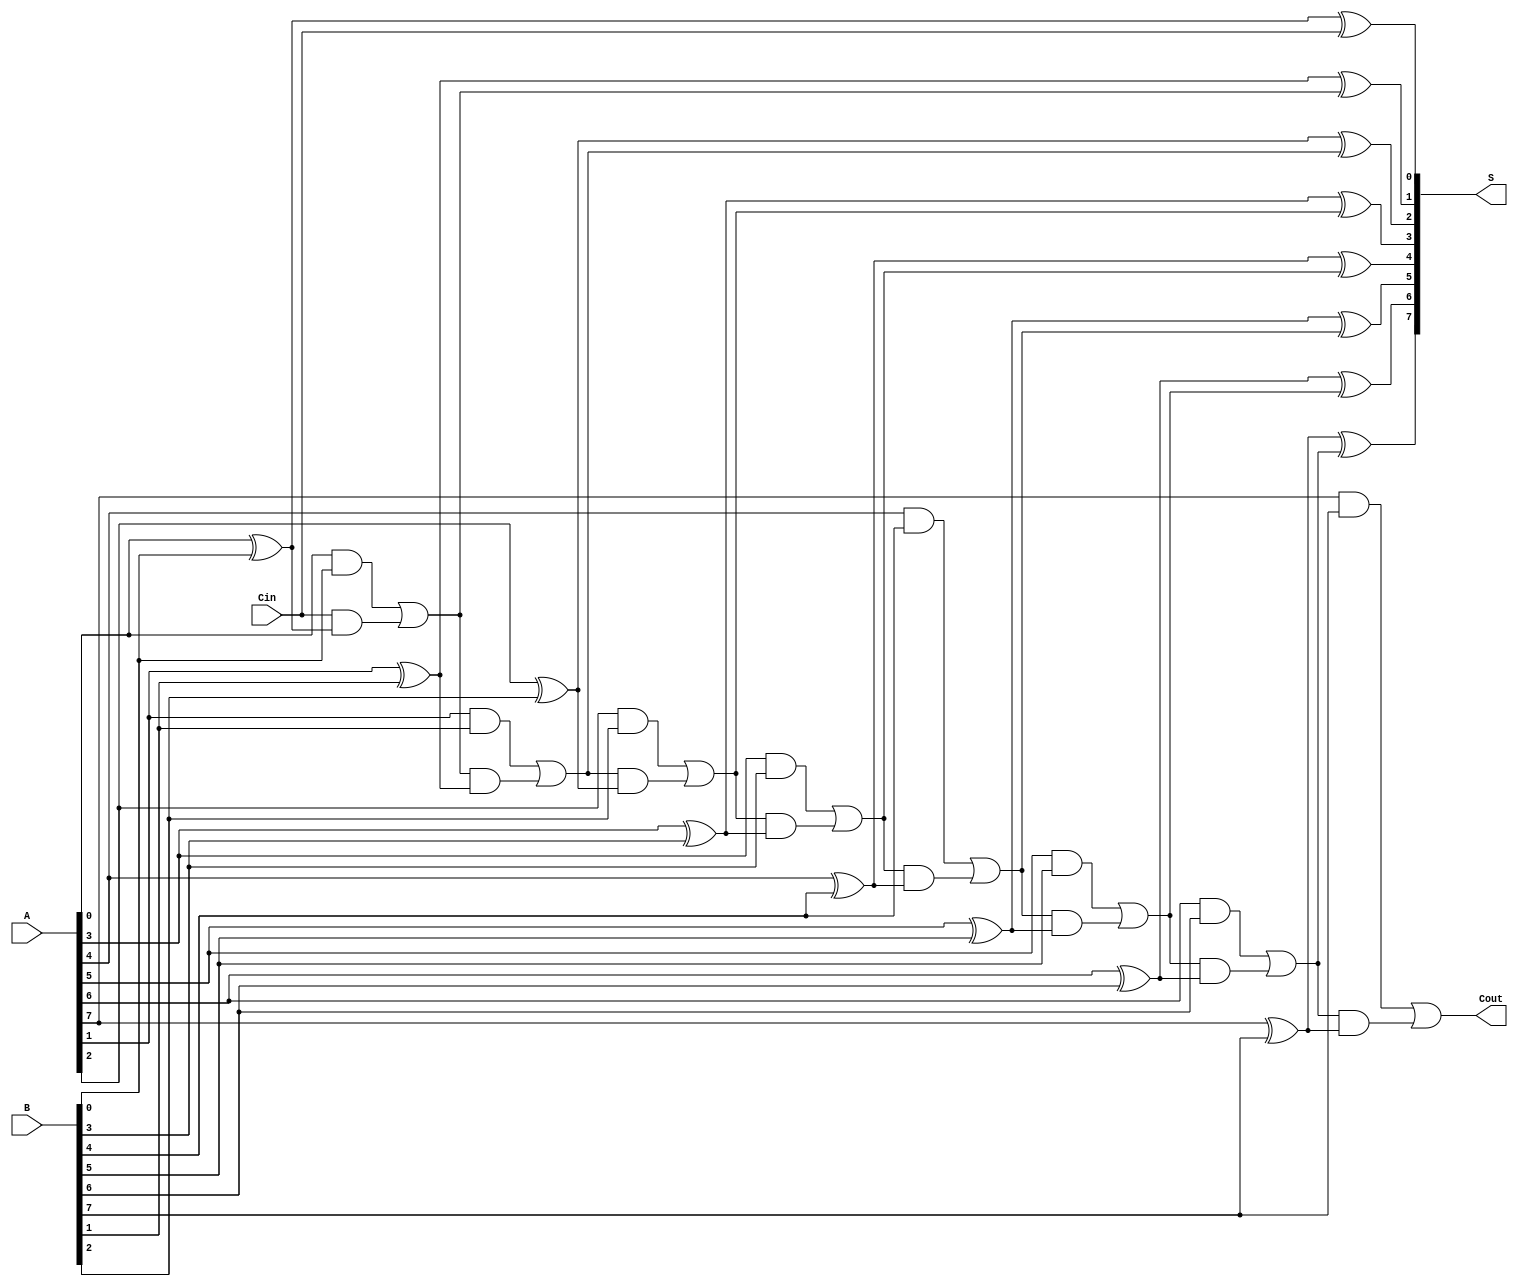
module PrecomputationCarryAdder #(parameter n = 8) (
    input  wire [n-1:0] A,      // First n-bit input
    input  wire [n-1:0] B,      // Second n-bit input
    input  wire Cin,             // Carry-in
    output wire [n-1:0] S,       // n-bit sum output
    output wire Cout             // Carry-out output
);

// Internal wires for carry generation
wire [n:0] C; // Carry array, C[0] is Cin, C[n] is Cout

// Generate carry values
genvar i;
generate
    // Initial carry (C[0]) is the carry-in
    assign C[0] = Cin;

    // Carry generation logic
    for (i = 0; i < n; i = i + 1) begin : carry_gen
        assign C[i+1] = (A[i] & B[i]) | (C[i] & (A[i] ^ B[i]));
    end
endgenerate

// Sum calculation
generate
    for (i = 0; i < n; i = i + 1) begin : sum_calc
        assign S[i] = A[i] ^ B[i] ^ C[i];
    end
endgenerate

// Final carry-out
assign Cout = C[n];

endmodule